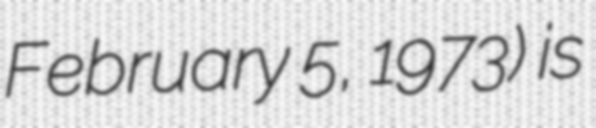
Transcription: February 5, 1973) is